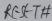
Text: RESET#